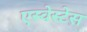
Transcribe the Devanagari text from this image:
एस्वेस्टेस